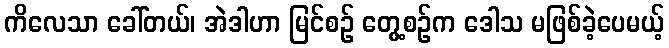
ကိလေသာ ခေါ်တယ်၊ အဲဒါဟာ မြင်စဉ် တွေ့စဉ်က ဒေါသ မဖြစ်ခဲ့ပေမယ့်